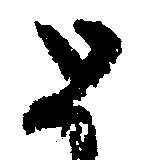
と